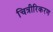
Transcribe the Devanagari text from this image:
चित्रीरिकरण